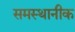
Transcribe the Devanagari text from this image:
समस्थानीक